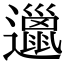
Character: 邋